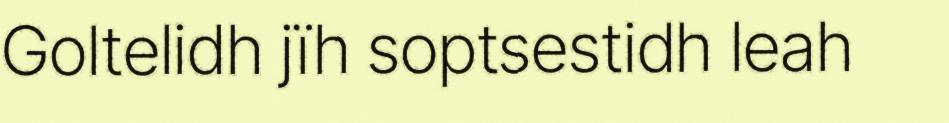
Goltelidh jïh soptsestidh leah